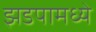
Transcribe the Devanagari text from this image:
झडपामध्ये